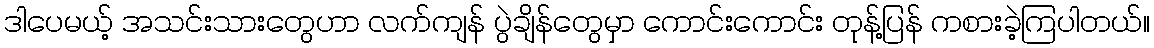
ဒါပေမယ့် အသင်းသားတွေဟာ လက်ကျန် ပွဲချိန်တွေမှာ ကောင်းကောင်း တုန့်ပြန် ကစားခဲ့ကြပါတယ်။